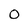
Character: 0